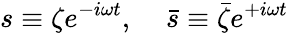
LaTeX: s\equiv\zeta e^{-i\omega t},\; \; \; \; \bar{s}\equiv\bar{\zeta}e^{+i\omega t}